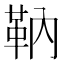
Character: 靹